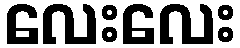
လေးလေး